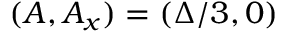
( A , A _ { x } ) = ( \Delta / 3 , 0 )